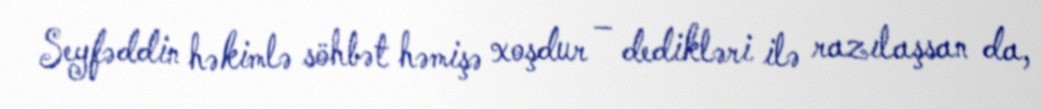
Seyfəddin həkimlə söhbət həmişə xoşdur – dedikləri ilə razılaşsan da,